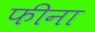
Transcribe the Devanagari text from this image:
फीना